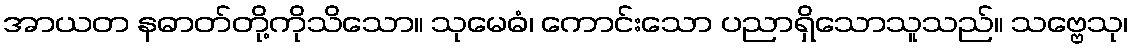
အာယတ နဓာတ်တို့ကိုသိသော။ သုမေဓံ၊ ကောင်းသော ပညာရှိသောသူသည်။ သဗ္ဗေသု၊